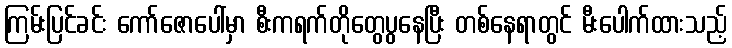
ကြမ်းပြင်ခင်း ကော်ဇောပေါ်မှာ စီးကရက်တိုတွေပွနေပြီး တစ်နေရာတွင် မီးပေါက်ထားသည့်